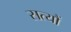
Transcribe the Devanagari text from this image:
सत्यौं